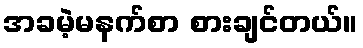
အခမဲ့မနက်စာ စားချင်တယ်။